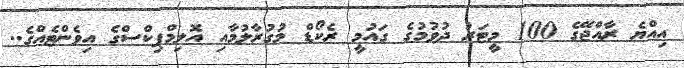
އިއްޔެ ރާއްޖޭގެ 100 މީޓަރު ދުވުމުގެ ގައުމީ ރެކޯޑް މުގުރާލުމާއި އޮލިމްޕިކްސްގެ އިވެންޓެއްގެ..